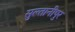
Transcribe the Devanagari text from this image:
सुल्तानीपुर